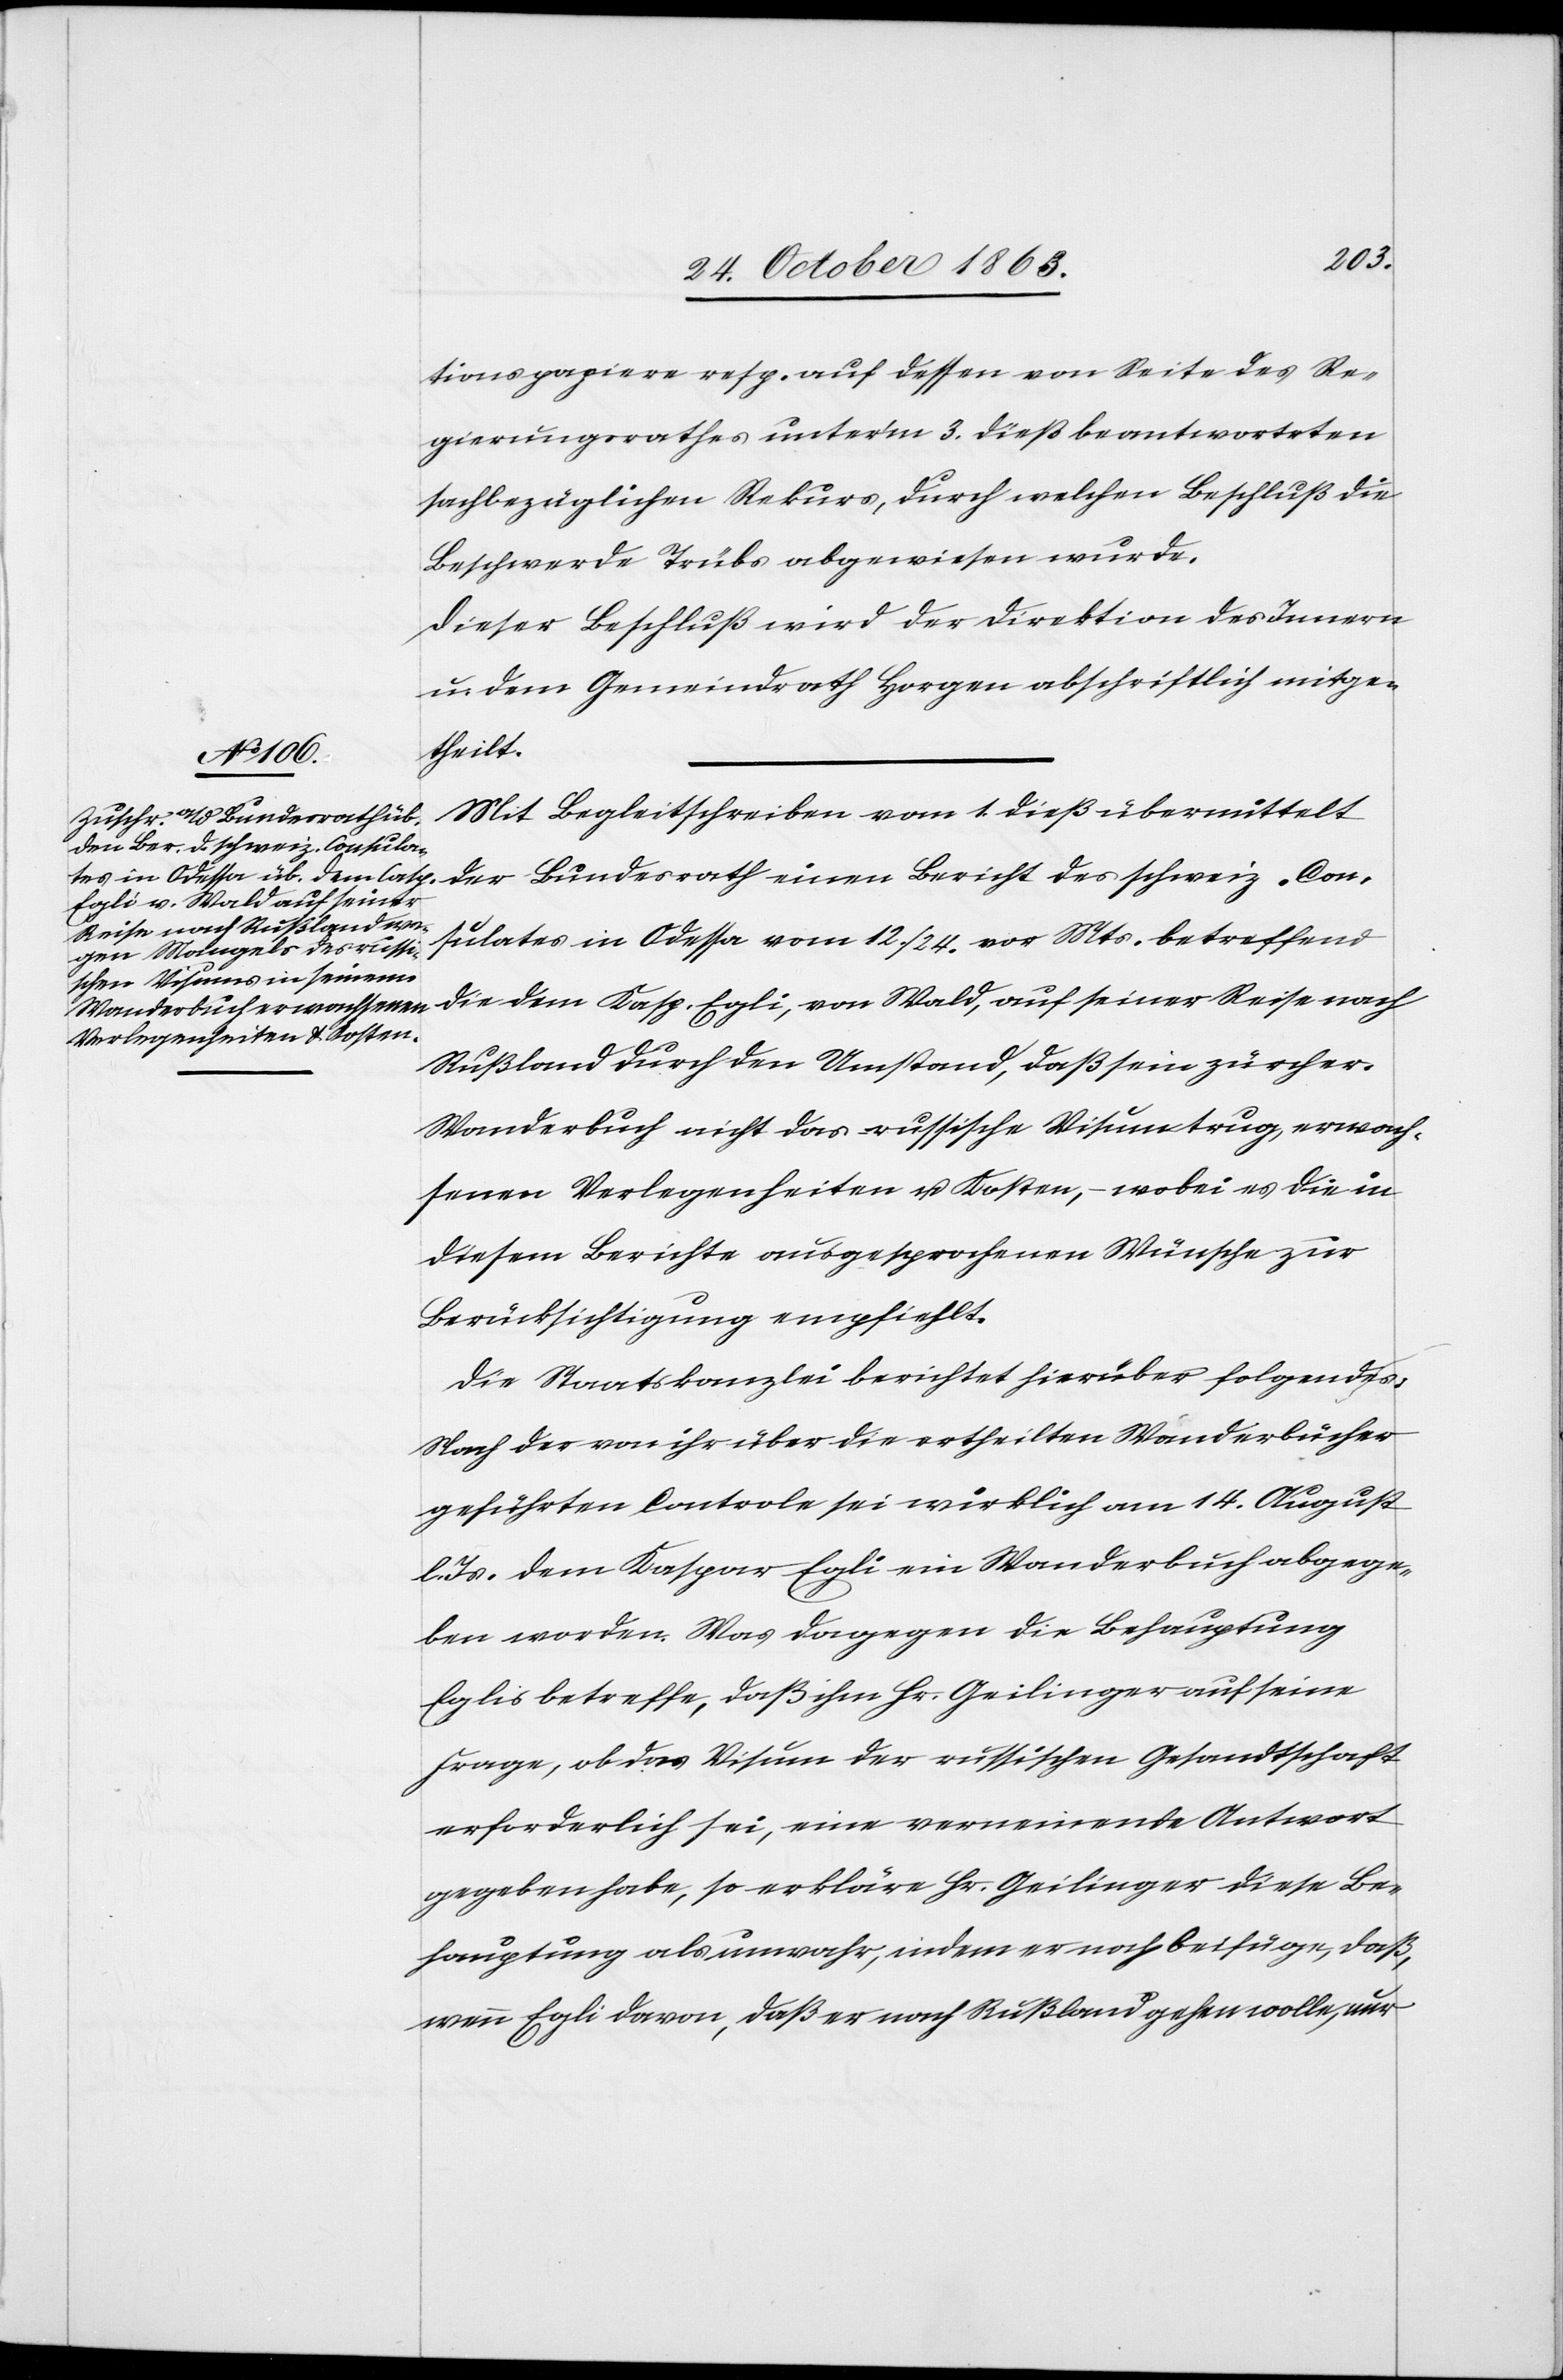
Reise
tionspapiere resp. auf dessen von Seite des Re¬
gierungsrathes unter'm 3. dieß beantworteten
sachbezüglichen Rekurs, durch welchen Beschluß die
Beschwerde Trübs abgewiesen wurde.
Dieser Beschluß wird der Direktion des Innern
u. dem Gemeindrath Horgen abschriftlich mitge¬
theilt.
Mit Begleitschreiben vom 1. dieß übermittelt
einen Bericht des schweiz. Cons¬
Egli, von Wald, auf seiner
ulates in Odessa vom 12./24. vor Mts. betreffend
l.
Rußland durch den Umstand, daß sein zürcher.
Wanderbuch nicht das russische Visum trug, erwach¬
senen Verlegenheiten u. Kosten, – wobei es die in
diesem Berichte ausgesprochenen Wünsche zur
Berücksichtigung empfiehlt.
Die Staatskanzlei berichtet hierüber folgendes:
Nach der von ihr über die ertheilten Wanderbücher
geführten Controle sei wirklich am 14. August
Js. dem Kaspar Egli ein Wanderbuch abgege¬
ben worden. Was dagegen die Behauptung
Eglis betreffe, daß ihm Hr. Geilinger auf seine
Frage, ob das Visum der russischen Gesandtschaft
erforderlich sei, eine verneinende Antwort
gegeben habe, so erkläre Hr. Geilinger diese Be¬
hauptung als unwahr, indem er noch beifüge, daß,
wenn Egli davon, daß er nach Rußland gehen wolle, nur